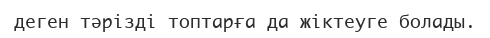
деген тәрізді топтарға да жіктеуге болады.